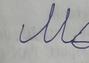
Signature authenticity: forged